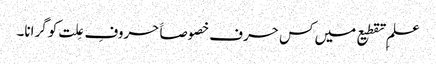
علمِ تقطیع میں کس حرف خصوصاََ حروفِ عِلت کو گرانا۔